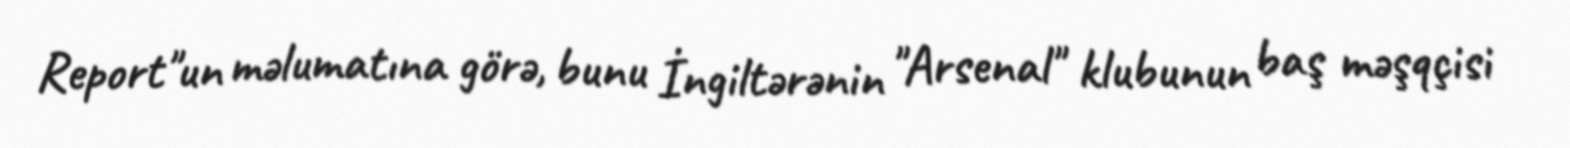
Report"un məlumatına görə, bunu İngiltərənin "Arsenal" klubunun baş məşqçisi